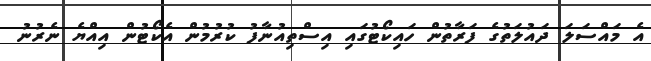
އެ މައްސަލަ ދައުލަތުގެ ފަރާތުން ހައިކޯޓުގައި އިސްތިއުނާފު ކުރުމުން އެކޯޓުން އިއްޔެ ނެރުނު